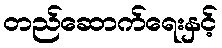
တည်ဆောက်ရေးနှင့်